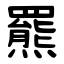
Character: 羆